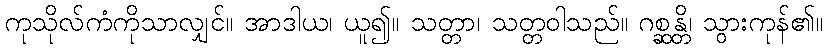
ကုသိုလ်ကံကိုသာလျှင်။ အာဒါယ၊ ယူ၍။ သတ္တာ၊ သတ္တဝါသည်။ ဂစ္ဆန္တိ၊ သွားကုန်၏။